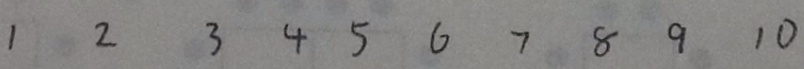
1 2 3 4 5 6 7 8 9 1 0